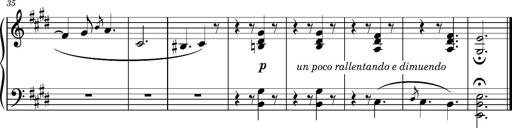
Title: Romance oubliÃ©e
Composer: Franz Liszt